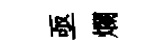
亟爛